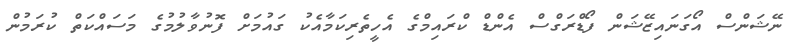
ނޭޝަންސް އޯގަނައިޒޭޝަން ފޯޑްރަގްސް އެންޑް ކްރައިމްގެ އެހީތެރިކަމާއެކު ގައުމަށް ފޮނުވާލުމުގެ މަސައްކަތް ކުރަމުން